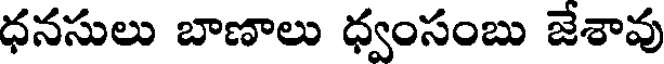
ధనసులు బాణాలు ధ్వంసంబు జేశావు